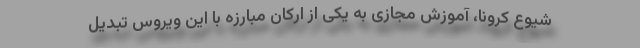
شیوع کرونا،‌ آموزش مجازی به یکی از ارکان مبارزه با این ویروس تبدیل